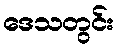
ဒေသတွင်း